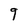
Character: g